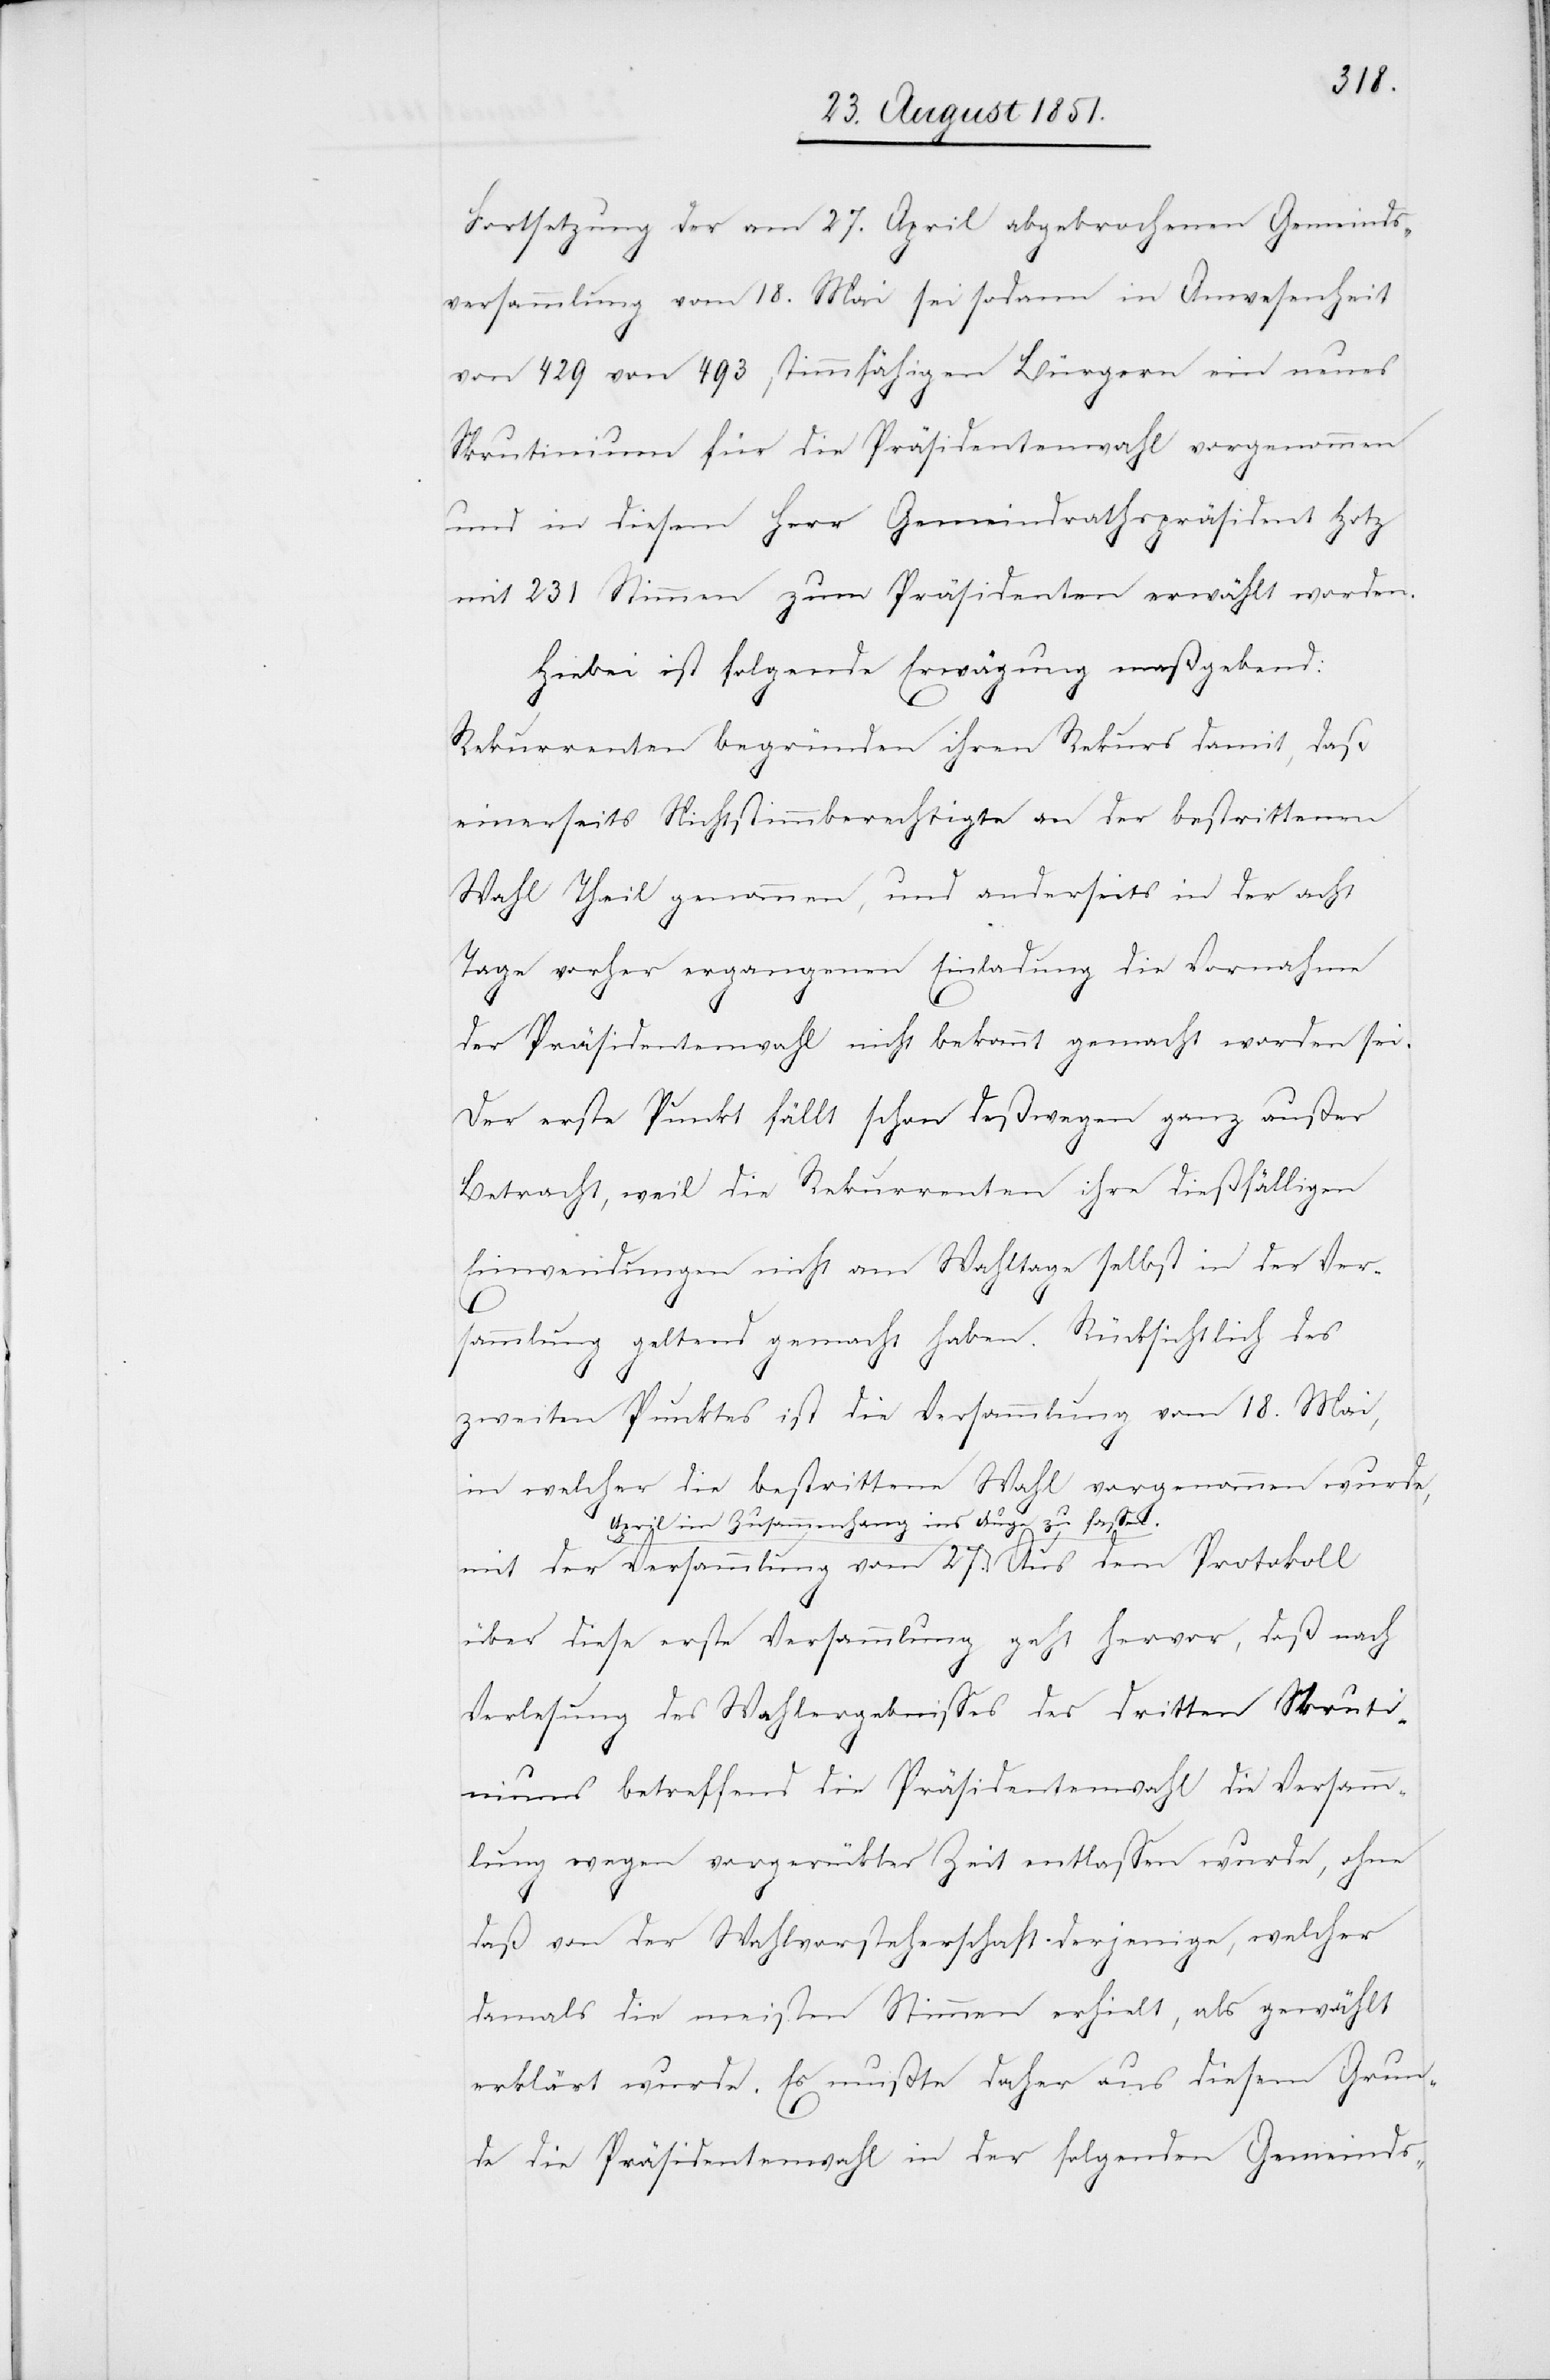
Fortsetzung der am 27. April abgebrochenen Gemeinds¬
versammlung vom 18. Mai sei sodann in Anwesenheit
von 429 von 493 stimmfähigen Bürgern ein neues
Skrutinium für die Präsidentenwahl vorgenommen
und in diesem Herr Gemeindrathspräsident Hotz
mit 231 Stimmen zum Präsidenten erwählt worden.
Hiebei ist folgende Erwägung maßgebend:
Rekurrenten begründen ihren Rekurs damit, daß
einerseits Nichtstimmberechtigte an der bestrittenen
Wahl Theil genommen, und anderseits in der acht
Tage vorher ergangenen Einladung die Vornahme
der Präsidentenwahl nicht bekannt gemacht worden sei.
Der erste Punkt fällt schon deßwegen ganz außer
Betracht, weil die Rekurrenten ihre dießfälligen
Einwendungen nicht am Wahltage selbst in der Ver¬
sammlung geltend gemacht haben. Rücksichtlich des
zweiten Punktes ist die Versammlung vom 18. Mai,
in welcher die bestrittene Wahl vorgenommen wurde,
mit der Versammlung vom 27. April im Zusammenhang
zu
über diese erste Versammlung geht hervor, daß nach
Verlesung des Wahlergebnisses des dritten Skruti¬
niums betreffend die Präsidentenwahl die Versamm¬
lung wegen vorgerückter Zeit entlassen wurde, ohne
daß von der Wahlvorsteherschaft derjenige, welcher
damals die meisten Stimmen erhielt, als gewählt
erklärt wurde. Es mußte daher aus diesem Grund¬
e die Präsidentenwahl in der folgenden Gemeinds-